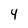
Character: 4